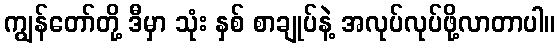
ကျွန်တော်တို့ ဒီမှာ သုံး နှစ် စာချုပ်နဲ့ အလုပ်လုပ်ဖို့လာတာပါ။